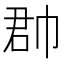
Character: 𢃆